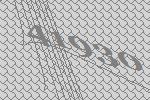
41930